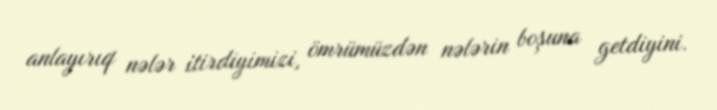
anlayırıq nələr itirdiyimizi, ömrümüzdən nələrin boşuna getdiyini.